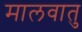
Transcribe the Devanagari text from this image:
मालवातु